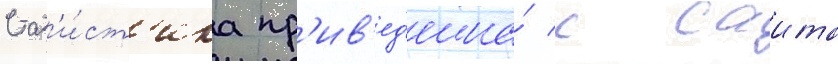
Стат'и́ст'ика пр'ив'ед'ена́ с саита